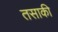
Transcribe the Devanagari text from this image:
तसाकी